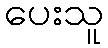
ပေးသူ